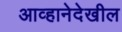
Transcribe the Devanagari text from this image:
आव्हानेदेखील